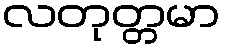
လတုတ္တမာ